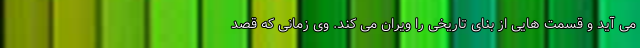
می آید و قسمت هایی از بنای تاریخی را ویران می کند. وی زمانی که قصد